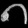
Digit: ၈